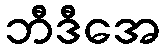
ဘီဒီအေ